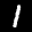
Label: 1